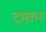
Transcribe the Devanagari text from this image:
दमकना